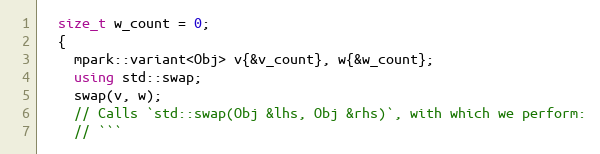
Language: C++
  size_t w_count = 0;
  {
    mpark::variant<Obj> v{&v_count}, w{&w_count};
    using std::swap;
    swap(v, w);
    // Calls `std::swap(Obj &lhs, Obj &rhs)`, with which we perform:
    // ```